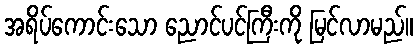
အရိပ်ကောင်းသော ညောင်ပင်ကြီးကို မြင်လာမည်။